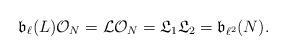
LaTeX: \begin{align*}\mathfrak{b}_{\ell}(L)\mathcal{O}_N=\mathcal{L}\mathcal{O}_N=\mathfrak{L}_1\mathfrak{L}_2=\mathfrak{b}_{\ell^2}(N).\end{align*}